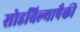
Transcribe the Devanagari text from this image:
सोडविल्यापैकी